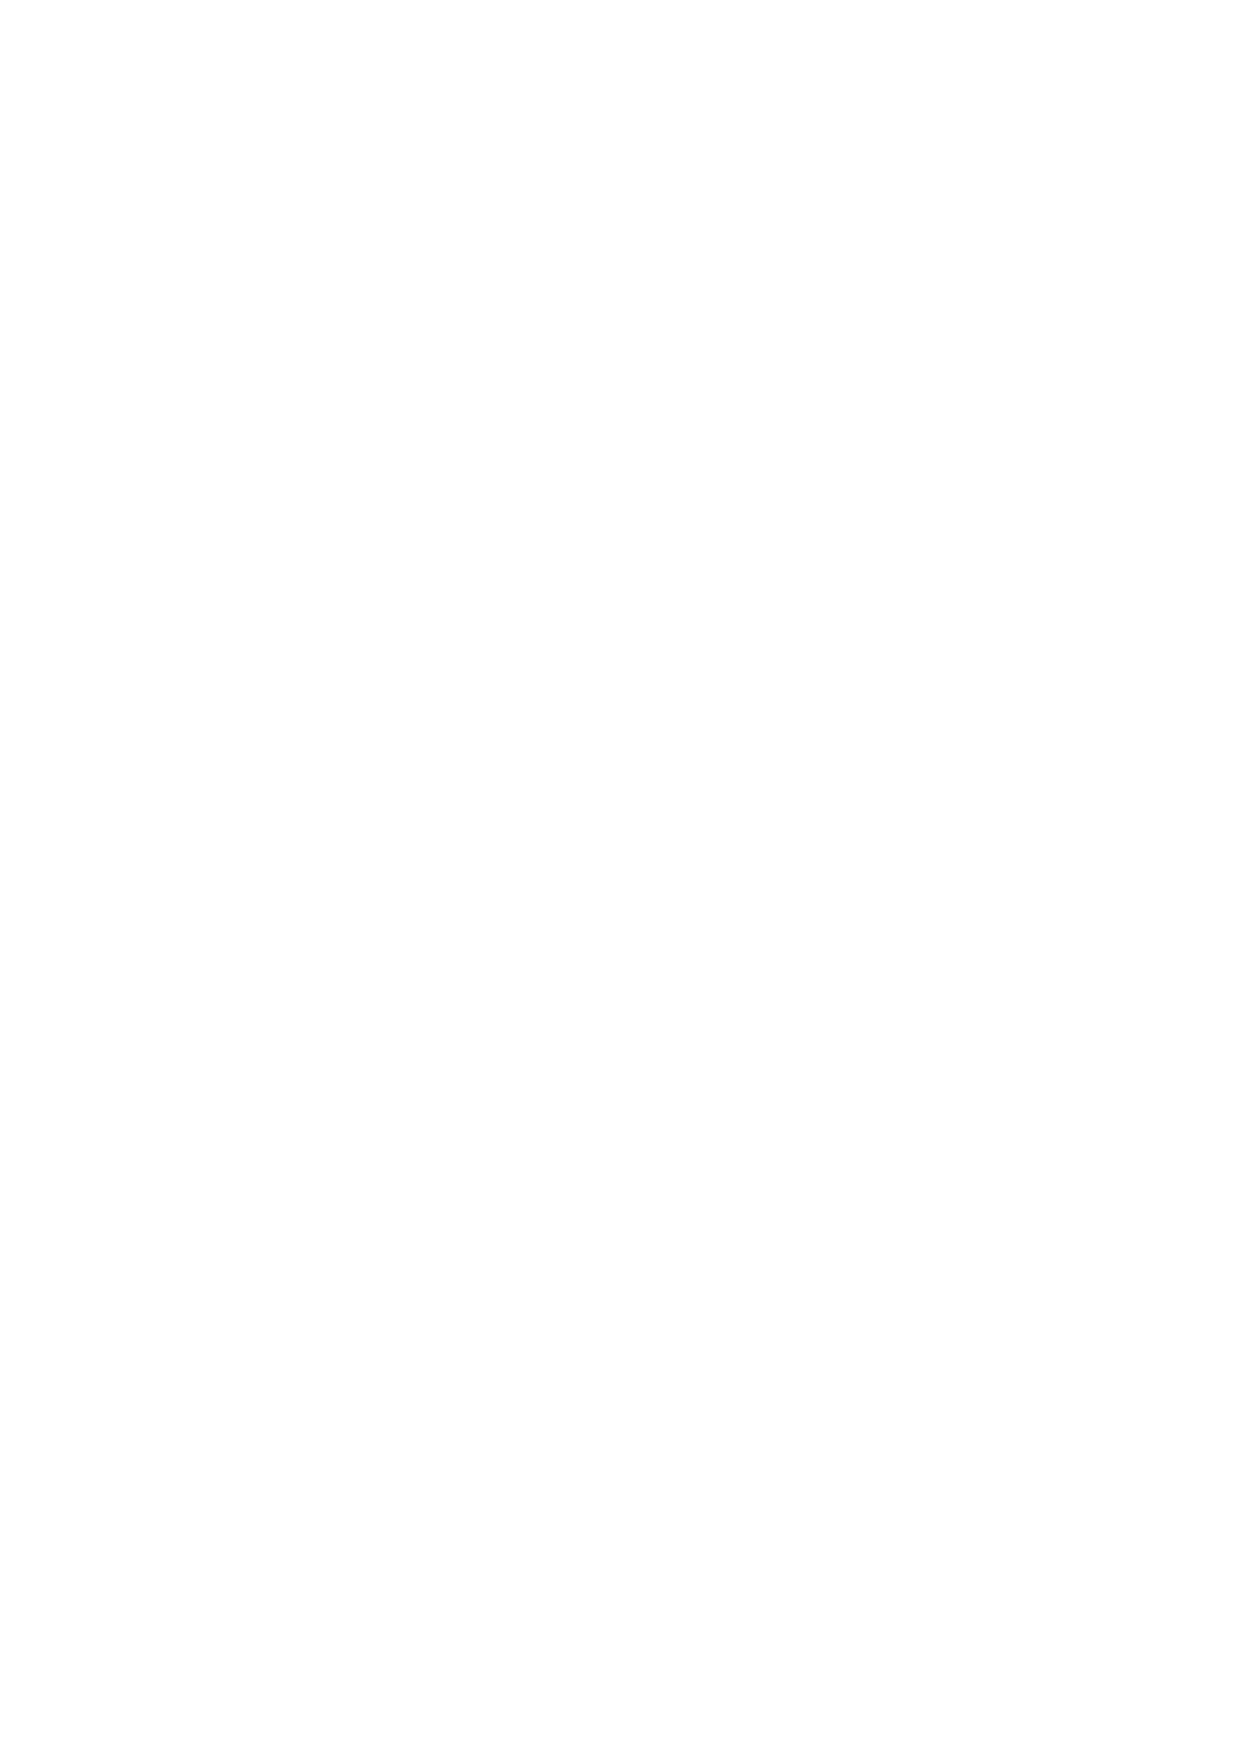
IHEM-Evaluation-Summary-Report_Brand Compliant.indd 115                 29/09/2020 06:59:46